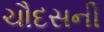
ચૌદસની